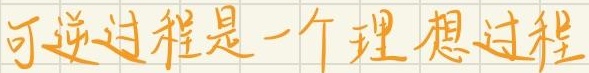
可逆过程是一个理想过程